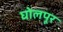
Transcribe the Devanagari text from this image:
घोलपूर